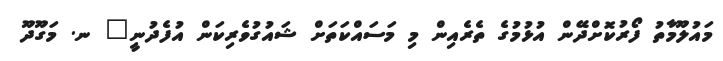
މައުލޫމާތު ފޯރުކޮށްދޭން އުޅުމުގެ ތެރެއިން މި މަސައްކަތަށް ޝައުގުވެރިކަން އުފެދުނީ" ނ. މަގޫދޫ